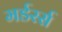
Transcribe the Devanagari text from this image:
मर्डरर्स